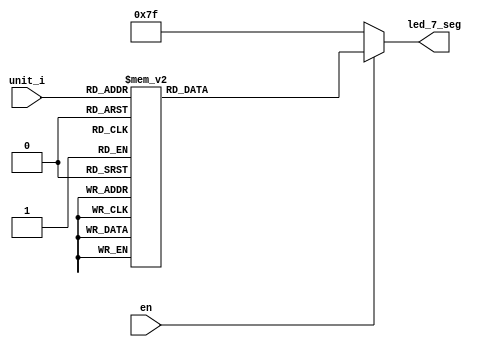
`timescale 1ns / 1ps
//////////////////////////////////////////////////////////////////////////////////
// Company: 
// Engineer: 
// 
// Design Name: 
// Module Name: led_unit_7_seg
// Project Name: 
// Target Devices: 
// Tool Versions: 
// Description: 
// 
// Dependencies: 
// 
// Revision:
// Revision 0.01 - File Created
// Additional Comments:
// 
//////////////////////////////////////////////////////////////////////////////////


module led_unit_7_seg(en,unit_i,led_7_seg);
input en;
input [3:0] unit_i;
output reg [6:0] led_7_seg;

always @ (*)
begin
if (en == 1'b0)
led_7_seg <= 7'b1111111;
else
begin
case (unit_i)
    4'd0 : led_7_seg <= 7'b0000001;
	4'd1 : led_7_seg <= 7'b1001111;
	4'd2 : led_7_seg <= 7'b0010010;
	4'd3 : led_7_seg <= 7'b0000110;
	4'd4 : led_7_seg <= 7'b1001100;
	4'd5 : led_7_seg <= 7'b0100100;
	4'd6 : led_7_seg <= 7'b0100000;
	4'd7 : led_7_seg <= 7'b0001111;
	4'd8 : led_7_seg <= 7'b0000000;
	default : led_7_seg <= 7'b0000100;
endcase
end
end
endmodule